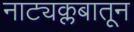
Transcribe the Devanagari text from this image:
नाट्यक्लबातून